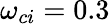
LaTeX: \omega_{ci}=0.3